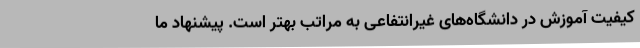
کیفیت آموزش در دانشگاه‌های غیرانتفاعی به مراتب بهتر است. پیشنهاد ما